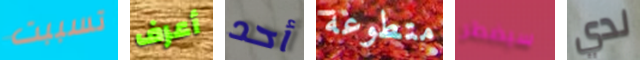
تسببت أعرف أحد متطوعة سيضطر لدي